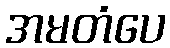
အမတံပေ